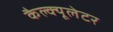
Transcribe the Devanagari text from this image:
कैल्क्यूलेटर